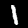
Label: 1